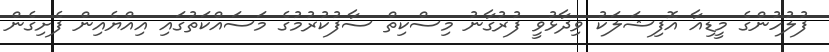
ފުލުހުންގެ މީޑިއާ އޮފިޝަލަކު ވިދާޅުވީ ފުރުގާނު މިސްކިތް ސާފުކުރުމުގެ މަސައްކަތުގައި އިއްޔެއިން ފެށިގެން